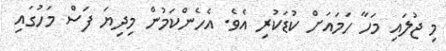
މި ޖުލައި މަހާ ހަމައަށް ކުޑަކުރި އެވެ. އެހެންކަމުން މިދިޔަ ފަސް މަހުގައި